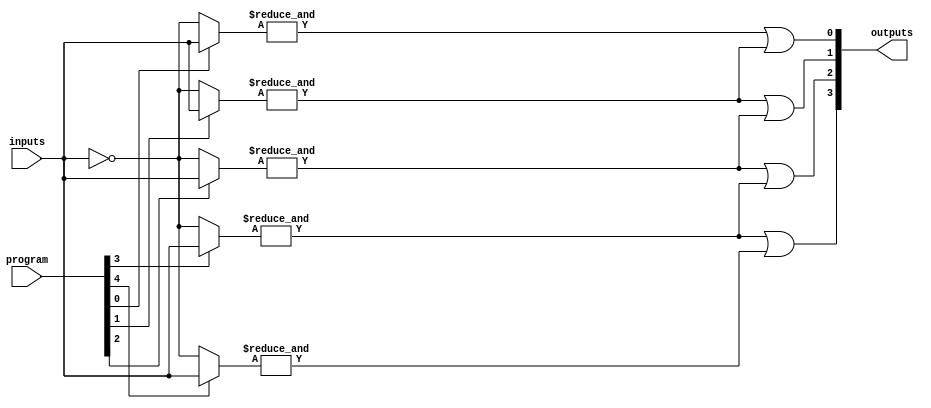
module jewel_pal (
    input wire [N-1:0] inputs,       // N input signals
    input wire [M-1:0] program,      // Programming signals for AND gates
    output wire [P-1:0] outputs       // P output signals
);

// Parameters
parameter N = 8;                    // Number of inputs
parameter M = 16;                   // Number of AND gates
parameter P = 4;                    // Number of OR gates

// Internal signals
wire [M-1:0] and_out;              // Outputs from AND gates
wire [P-1:0] or_out;                // Outputs from OR gates

// Programmable AND array
genvar i, j;
generate
    for (i = 0; i < M; i = i + 1) begin : and_array
        wire [N-1:0] and_inputs;
        assign and_inputs = program[i] ? inputs : ~inputs; // Inversion based on programming
        assign and_out[i] = &and_inputs; // AND operation
    end
endgenerate

// Fixed OR array
generate
    for (j = 0; j < P; j = j + 1) begin : or_array
        // Example: Each OR gate combines outputs from specific AND gates
        // This can be customized based on the specific design requirements
        assign or_out[j] = and_out[j] | and_out[j+1]; // Example OR logic
    end
endgenerate

// Assign outputs
assign outputs = or_out;

endmodule